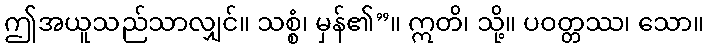
ဤအယူသည်သာလျှင်။ သစ္စံ၊ မှန်၏”။ ဣတိ၊ သို့။ ပဝတ္တဿ၊ သော။